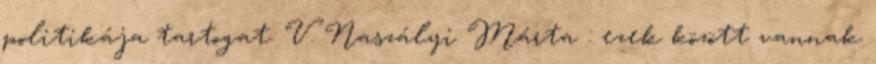
politikája tartogat. V. Naszályi Márta : ezek között vannak